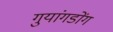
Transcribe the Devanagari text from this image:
गुयांगडोंग